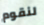
لنقوم